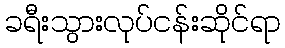
ခရီးသွားလုပ်ငန်းဆိုင်ရာ